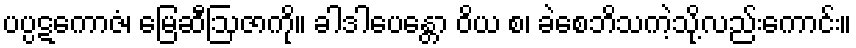
ပပ္ပဋကောဇံ၊ မြေဆီဩဇာကို။ ခါဒါပေန္တော ဝိယ စ၊ ခဲစေဘိသကဲ့သို့လည်းကောင်း။